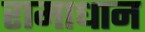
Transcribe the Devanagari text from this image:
रामाधान